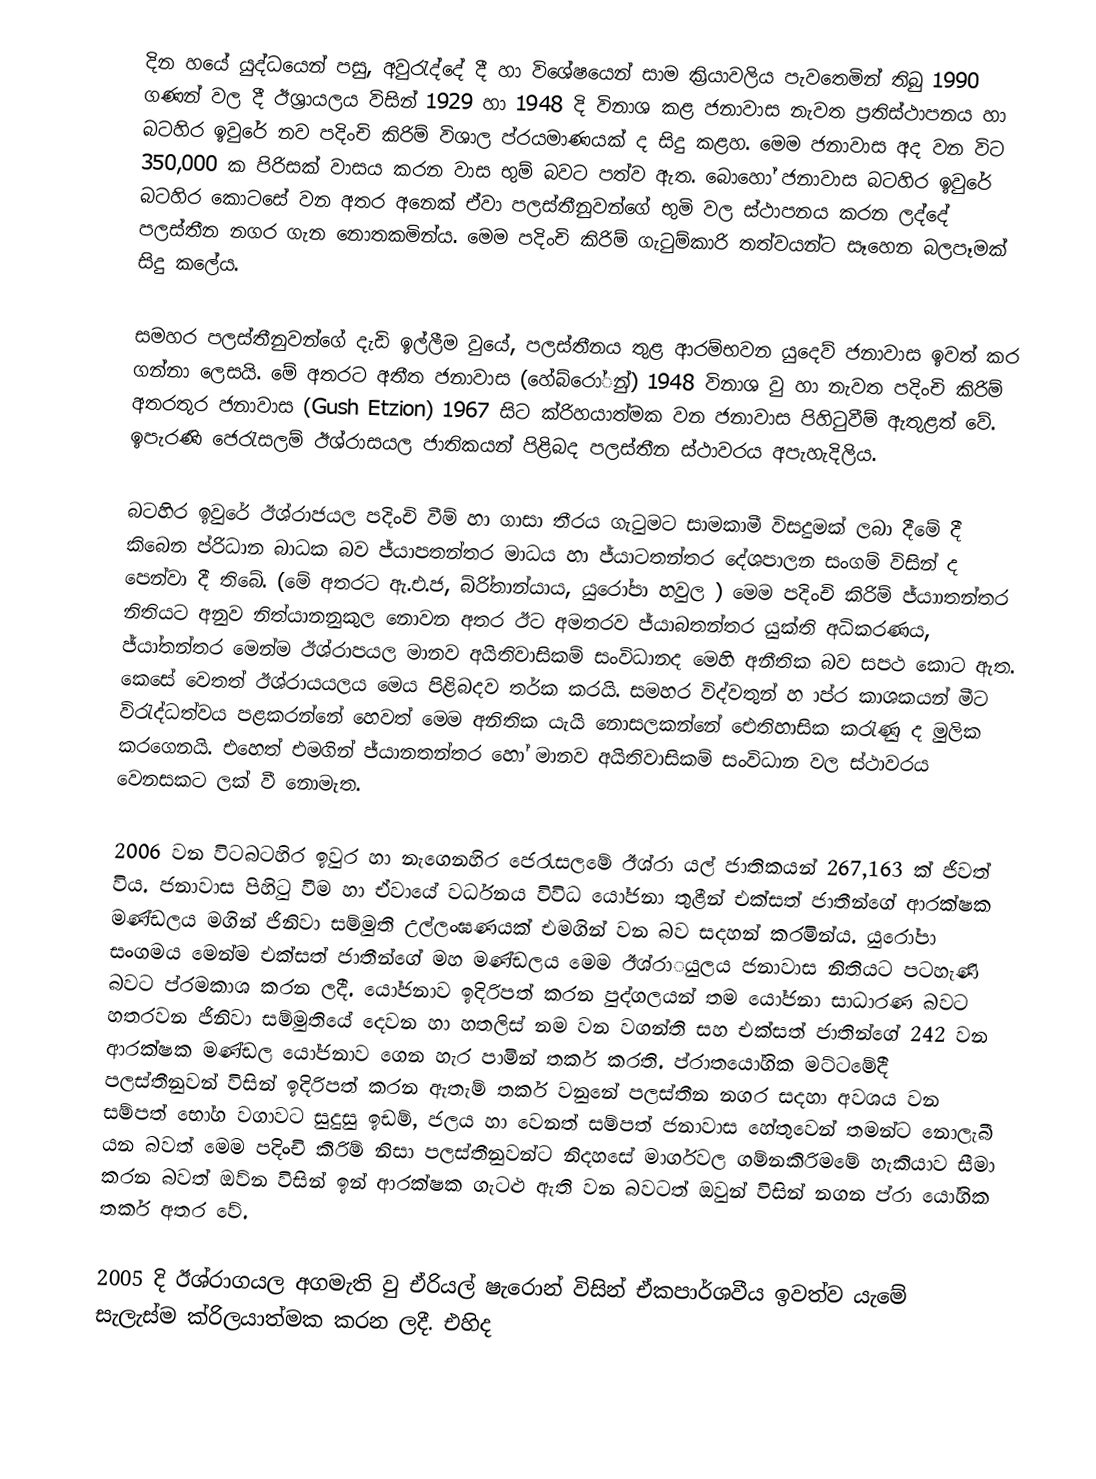
දින හයේ යුද්ධයෙන් පසු, අවුරැද්දේ දී හා විශේෂයෙන් සාම ක්‍රියාවලිය පැවතෙමින් තිබු 1990 ගණන් වල දී ඊශ්‍රායලය විසින් 1929 හා 1948 දි විනාශ කළ ජනාවාස නැවත ප්‍රතිස්ථාපනය හා බටහිර ඉවුරේ නව පදිංචි කිරිම් විශාල ප්රයමාණයක් ද සිදු කළහ. මෙම ජනාවාස අද වන විට 350,000 ක පිරිසක් වාසය කරන වාස භුම් බවට පත්ව ඇත. බොහෝ ජනාවාස බටහිර ඉවුරේ බටහිර කොටසේ වන අතර අනෙක් ඒවා පලස්තීනුවන්ගේ භුමි වල ස්ථාපනය කරන ලද්දේ පලස්තීන නගර ගැන නොතකමින්ය. මෙම පදිංචි කිරිම් ගැටුම්කාරි තත්වයන්ට සෑහෙන බලපෑමක් සිදු කලේය.

සමහර පලස්තීනුවන්ගේ දැඩි ඉල්ලීම වුයේ, පලස්තීනය තුළ ආරම්භවන යුදෙව් ජනාවාස ඉවත් කර ගන්නා ලෙසයි. මේ අතරට අතීත ජනාවාස (හේබ්රෝුන්) 1948  විනාශ වු හා නැවත පදිංචි  කිරිම් අතරතුර ජනාවාස (Gush Etzion) 1967 සිට ක්රිහයාත්මක වන  ජනාවාස පිහිටුවීම් ඇතුළත් වේ. ඉපැරණි ජෙරැසලම් ඊශ්රාසයල ජාතිකයන් පිළිබද  පලස්තීන ස්ථාවරය අපැහැදිලිය.

බටහිර ඉවුරේ ඊශ්රාජයල පදිංචි වීම් හා ගාසා තීරය ගැටුමට සාමකාමී විසදුමක් ලබා දීමේ දී කිබෙන ප්රිධාන බාධක බව ජ්යාපතන්තර මාධය හා ජ්යාටතන්තර දේශපාලන සංගම් විසින් ද පෙන්වා දී තිබේ. (මේ අතරට ඇ.එ.ජ, බ්රි්තාන්යාය, යුරෝපා හවුල ) මෙම පදිංචි කිරිම් ජ්යාාතන්තර නිතියට අනුව නිත්යානනුකුල නොවන අතර ඊට අමතරව ජ්යාබතන්තර යුක්ති අධිකරණය, ජ්යා්තන්තර මෙන්ම ඊශ්රාපයල මානව අයිතිවාසිකම් සංවිධානද මෙහි අනීතික බව සපථ කොට ඇත. කෙසේ වෙතත් ඊශ්රායයලය මෙය පිළිබදව තර්ක කරයි. සමහර විද්වතුන් හ ාප්ර කාශකයන් මීට විරැද්ධත්වය පළකරන්නේ හෙවත් මෙම අනිතික යැයි නොසලකන්නේ ඓතිහාසික කරැණු ද මුලික කරගෙනයි. එහෙත් එමගින් ජ්යානතන්තර හෝ මානව අයිතිවාසිකම් සංවිධාන වල ස්ථාවරය වෙනසකට ලක් වී නොමැත.

2006 වන විටබටහිර ඉවුර හා නැගෙනහිර ජෙරැසලමේ ඊශ්රා යල් ජාතිකයන් 267,163 ක් ජිවත් විය. ජනාවාස පිහිටු වීම හා ඒවායේ වර්ධනය විවිධ යෝජනා තුළීන් එක්සත් ජාතීන්ගේ ආරක්ෂක මණ්ඩලය මගින් ජිනිවා සම්මුති උල්ලංඝණයක් එමගින් වන බව සදහන් කරමින්ය.  යුරෝපා සංගමය මෙන්ම එක්සත් ජාතීන්ගේ මහ මණ්ඩලය මෙම ඊශ්රාුයලය ජනාවාස නිතියට පටහැණි බවට ප්රමකාශ කරන ලදී. යෝජනාව ඉදිරිපත් කරන පුද්ගලයන්  තම යෝජනා සාධාරණ බවට හතරවන ජිනිවා සම්මුතියේ දෙවන හා හතලිස් නම වන වගන්ති සහ එක්සත් ජාතින්ගේ 242 වන ආරක්ෂක මණ්ඩල යෝජනාව ගෙන හැර පාමින් තර්ක කරති. ප්රාතයෝගික මට්ටමේදී පලස්තීනුවන් විසින් ඉදිරිපත් කරන ඇතැම් තර්ක වනුනේ පලස්තීන නගර සදහා අවශය වන සම්පත් භෝග වගාවට සුදුසු ඉඩම්, ජලය හා වෙනත් සම්පත් ජනාවාස හේතුවෙන් තමන්ට නොලැබී යන බවත් මෙම පදිංචි කිරිම් නිසා පලස්තීනුවන්ට නිදහසේ මාර්ගවල ගම්නකිරිමමේ හැකියාව සීමා කරන බවත් ඔව්න විසින් ඉන් ආරක්ෂක ගැටළු ඇති වන බවටත් ඔවුන් විසින් නගන ප්රා යෝගික තර්ක අතර වේ.

2005 දි ඊශ්රාගයල අගමැති වු ඒරියල් ෂැරොන් විසින් ඒකපාර්ශවීය ඉවත්ව යැමේ සැලැස්ම ක්රිලයාත්මක කරන ලදී. එහිද